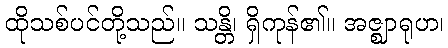
ထိုသစ်ပင်တို့သည်။ သန္တိ၊ ရှိကုန်၏။ အဇ္ဈာရုဟ၊